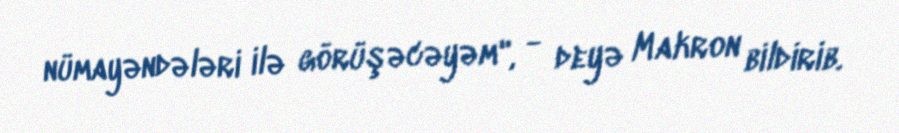
nümayəndələri ilə görüşəcəyəm", - deyə Makron bildirib.